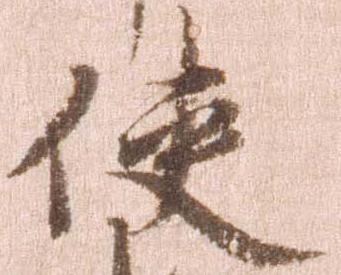
使